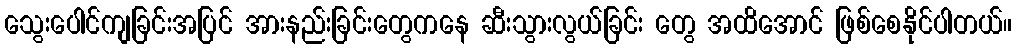
သွေးပေါင်ကျခြင်းအပြင် အားနည်းခြင်းတွေကနေ ဆီးသွားလွယ်ခြင်း တွေ အထိအောင် ဖြစ်စေနိုင်ပါတယ်။